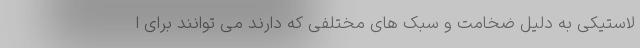
لاستیکی به دلیل ضخامت و سبک های مختلفی که دارند می ‌توانند برای ا